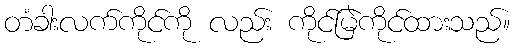
တံခါးလက်ကိုင်ကို လည်း ကိုင်မြဲကိုင်ထားသည်။